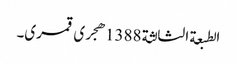
الطبعة الثالثة 1388هجری قمری۔